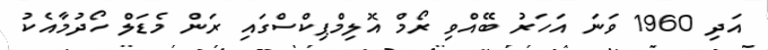
އަދި 1960 ވަނަ އަހަރު ބޭއްވި ރޯމް އޮލިމްޕިކްސްގައި ރަން މެޑަލް ހޯދުމާއެކު